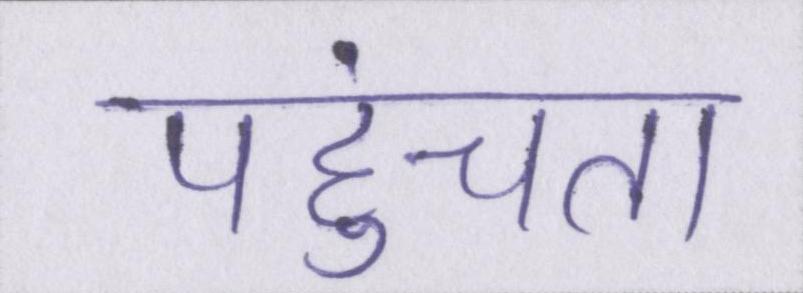
पहुंचता